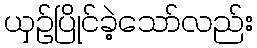
ယှဉ်ပြိုင်ခဲ့သော်လည်း